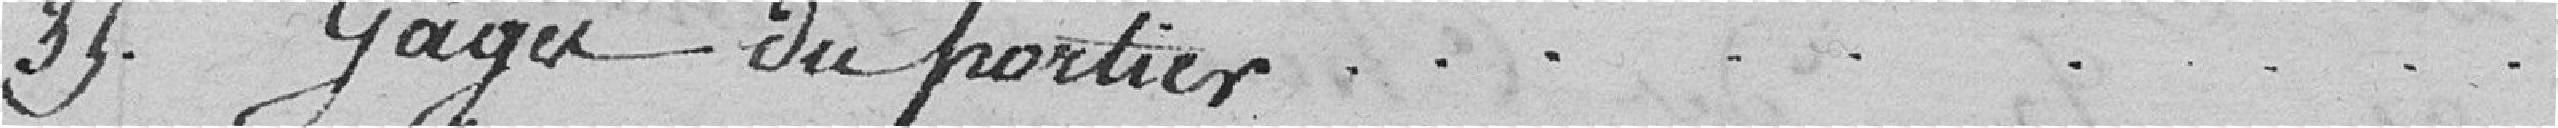
35. Gages du portier....